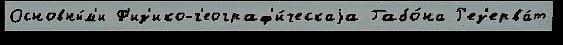
Основны́м'и Ф'из'ико-г'еограф'и́ческаjа Габо́на Р'ез'ерва́т